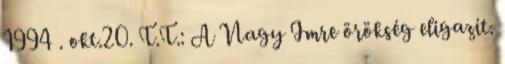
1994 . okt.20. T.T.: A Nagy Imre örökség eligazít.